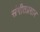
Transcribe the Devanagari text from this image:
संगीतप्रसार